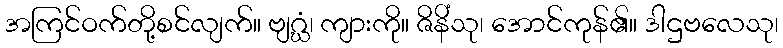
အကြင်ဝက်တို့စင်လျက်။ ဗျဂ္ဃံ၊ ကျားကို။ ဇိနိံသု၊ အောင်ကုန်၏။ ဒါဌဗလေသု၊